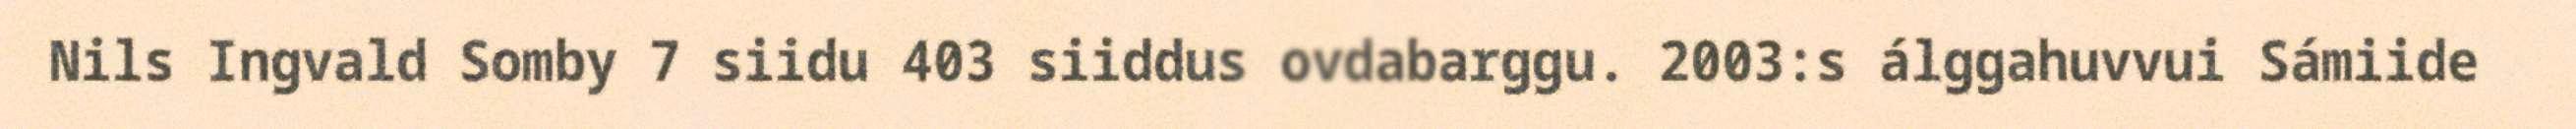
Nils Ingvald Somby 7 siidu 403 siiddus ovdabarggu. 2003:s álggahuvvui Sámiide